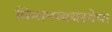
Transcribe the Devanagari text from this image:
विमानव्यवस्थेचा